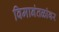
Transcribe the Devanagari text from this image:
विमानंतळांवर